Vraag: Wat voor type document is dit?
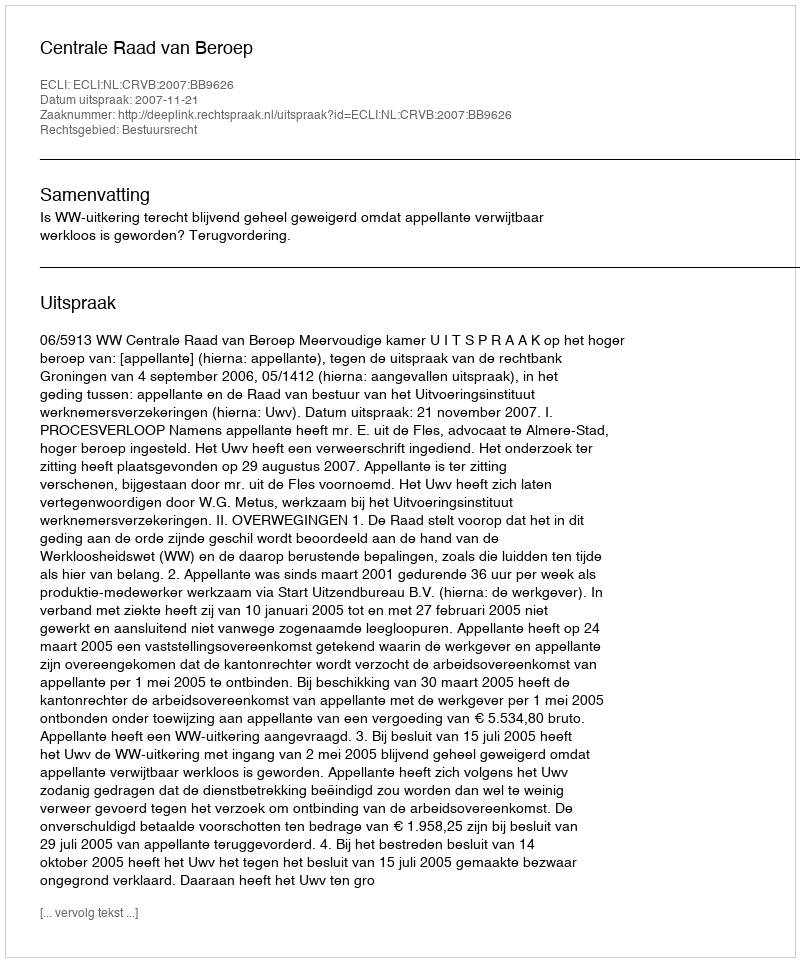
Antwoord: Uitspraak